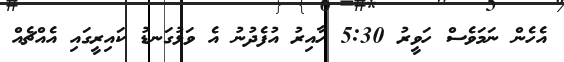
އެހެން ނަމަވެސް ހަވީރު 5:30 ހާއިރު އުފެދުނު އެ ވަޅުގަނޑު ކައިރީގައި އެއްޗެއް